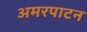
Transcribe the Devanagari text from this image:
अमरपाटन